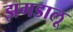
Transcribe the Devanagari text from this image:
झगडालू